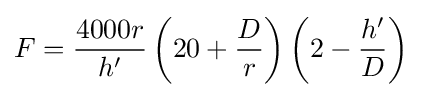
F={\frac {4000r}{h'}}\left(20+{\frac {D}{r}}\right)\left(2-{\frac {h'}{D}}\right)